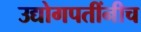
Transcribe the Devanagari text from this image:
उद्योगपतींनीच